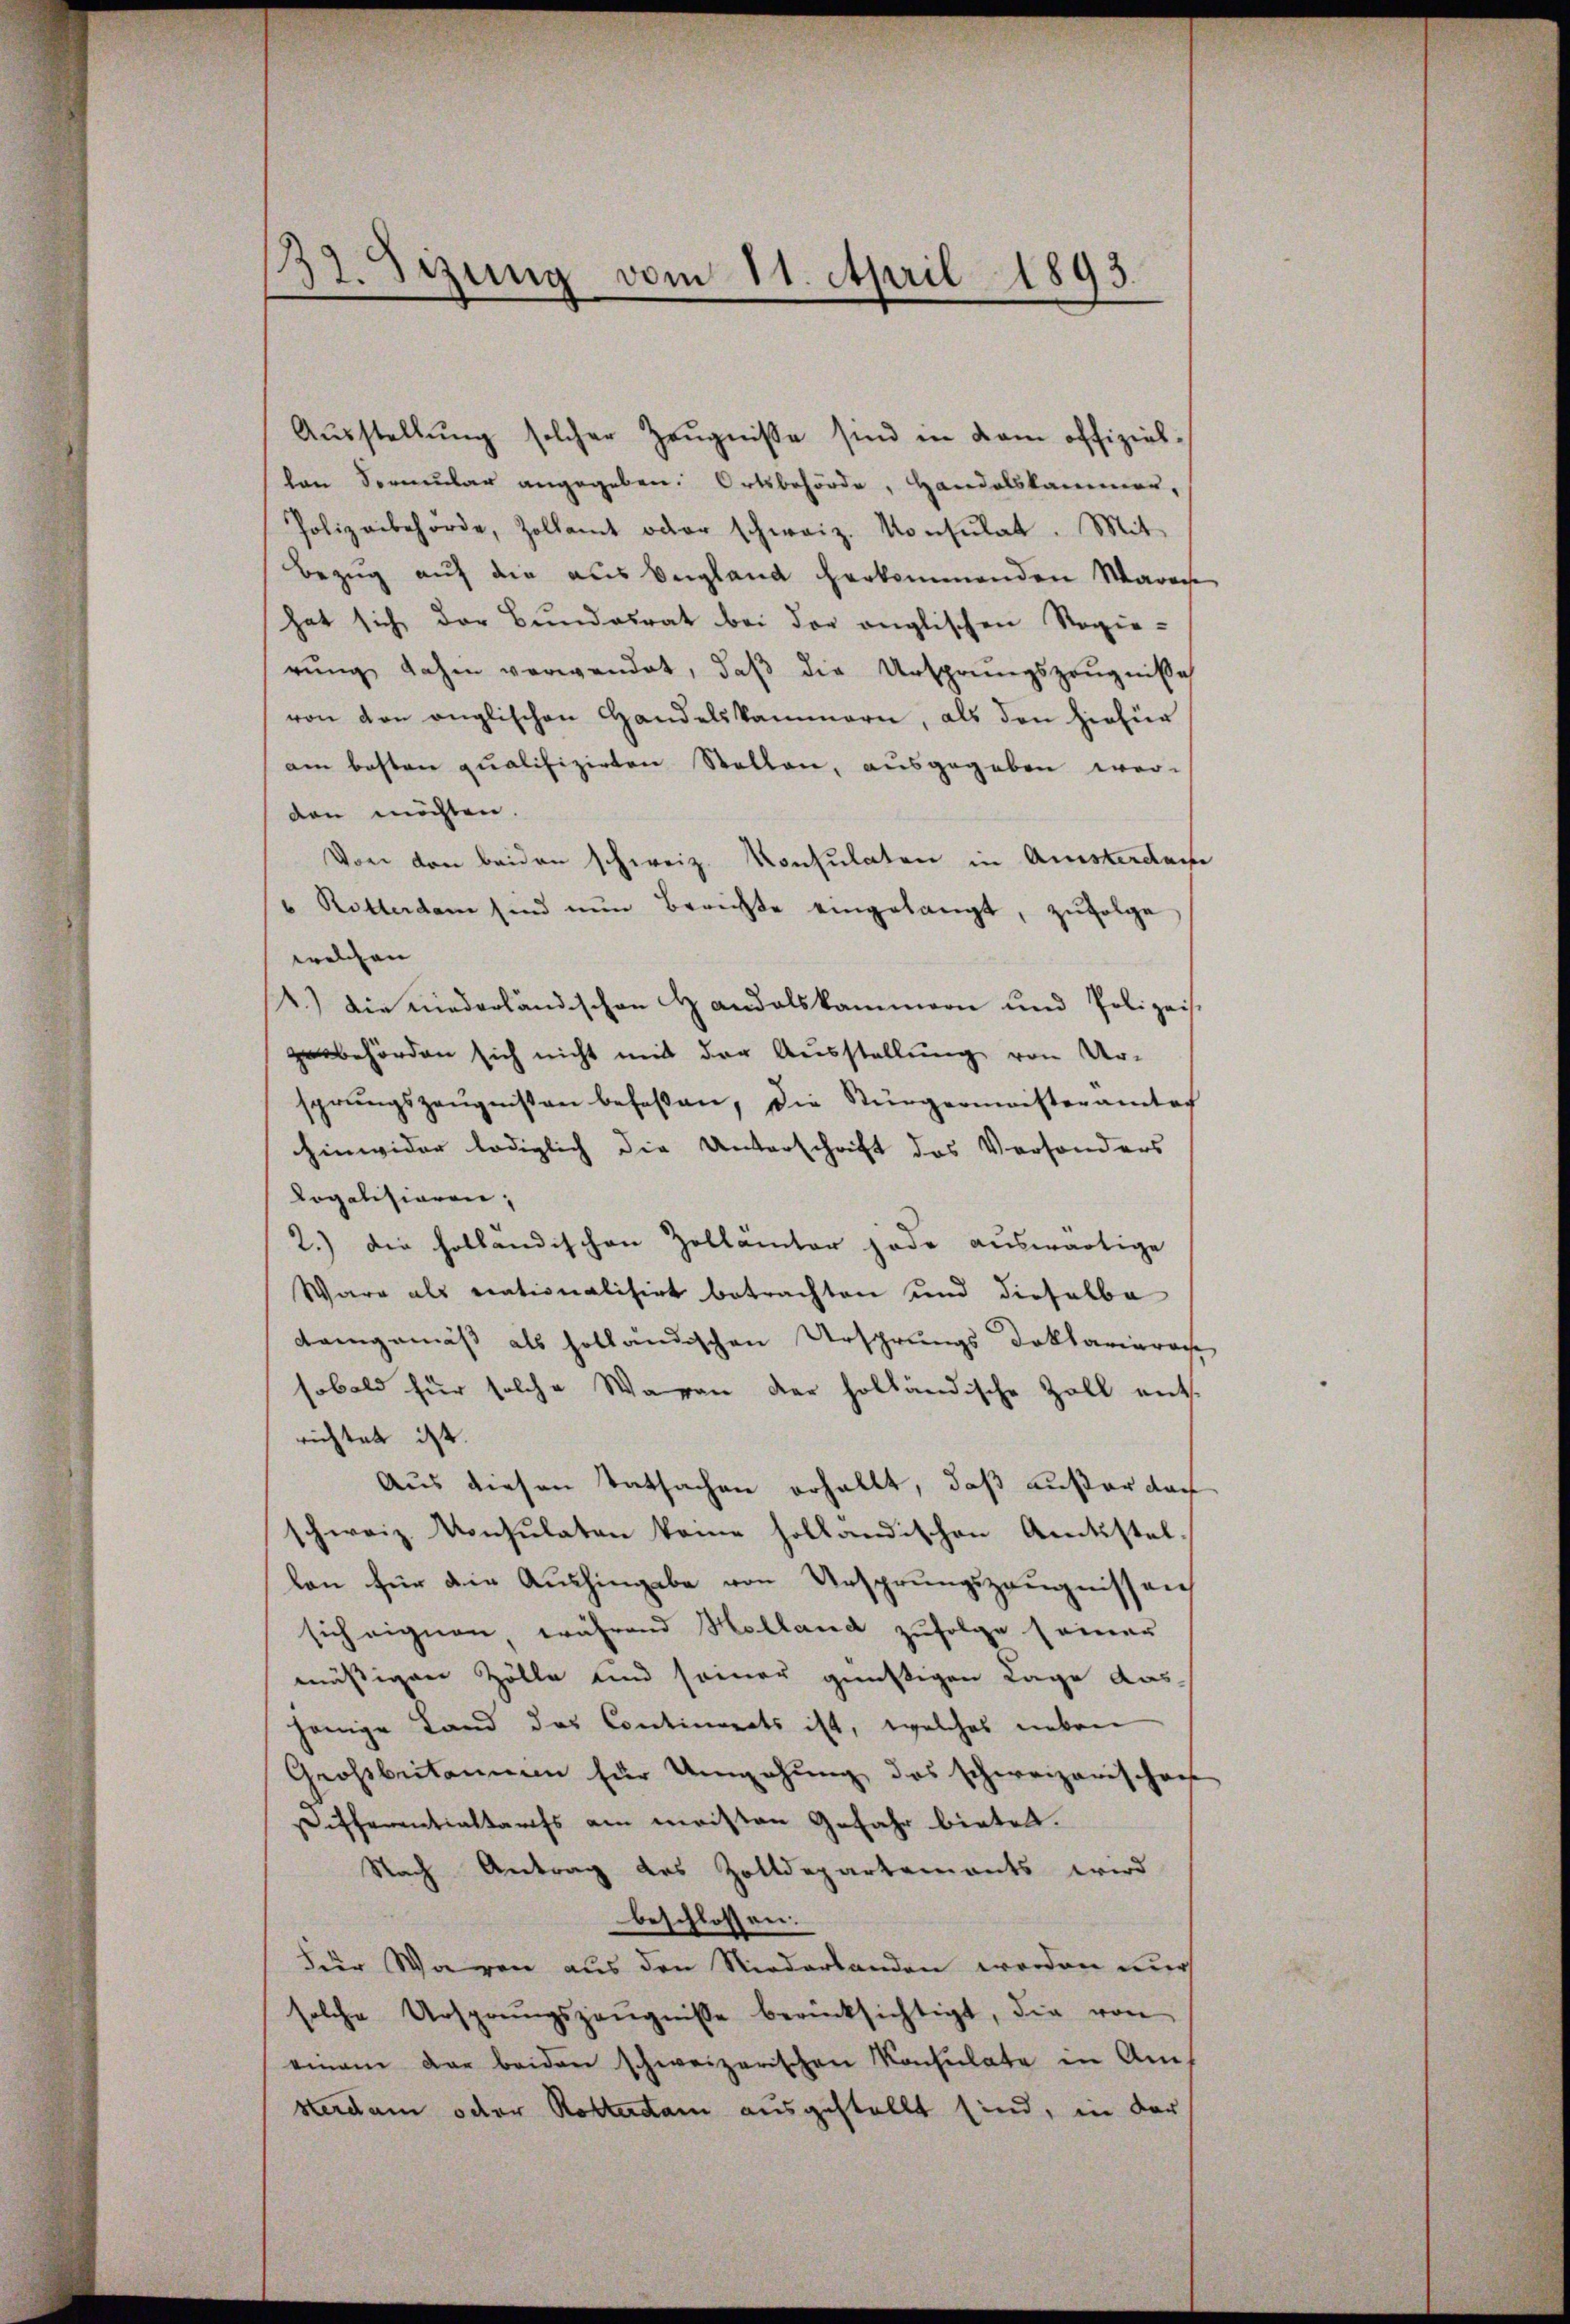
37. Sizung vom 11. April 1893.

Aŭsstellŭng solcher Zeŭgnisse sind in dem offiziellen Formular angegeben. Ortsbehörde, Handelskammer,
Polizeibehörde, Zollamt oder schweiz. Konsŭlat. Mit
Bezug auf die aus Vergland herkommenden Waras
hat sich der Bundesrat bei der anglischen Regie-
rŭng dahin verwendet, daβ die Ursprungszeŭgniße
von den englischen Handelskammern, als den hiefür
am besten qualifizirten Stellen, ausgegeben wor-
den möchten.
Von den beiden schweiz. Konsulaten in Amsterdaue
" Ritterdam sind nun Berichte eingelangt, zŭfolge
a
welchen |
R.) die niederländischen Handelskammern und Polizei.
zubehörden sich nicht mit der Ausstellung von Ur-
sprŭngszeŭgnissen befaßen, die Stürgermeisteramtes
hinwider lediglich die Unterschrift des Versonders
Logalisieren,
2.) Die holländischen Zollämter jede auswärtige
Ware als nationalisirt betrachten und dieselbe
Kamgemäss als holländischen Ursprungs Doktariaroche
sobald für solche Waren der holländische Zoll ent-
richtet ist.
Aus diesen Tatsachen erhallt, daß außer doch
schweiz. Konsulaten keine holländischen Amtsstellon für die Aushingabe von Ursprungszeugnissen
sich eignen, während Holland zufolge seiner
mässigen Zölle und seiner günstigen Lage das
jenige Land das Continorats ist, welches neben
Großbritanien für Umgehung des schweizerischen
Differentialtarifs am meisten Gefahr bieten.
Nach Antrag des Zolldepartements wird
beschlossen.
Für Waren aus den Niederbanden worden nur
solche Ursprungszeŭgnisse berücksichtigt, die von
einem dar beiden schweizerischen Konsulate in Amsterdam oder Rotterdam ausgestellt sind, in der